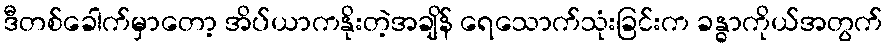
ဒီတစ်ခေါက်မှာတော့ အိပ်ယာကနိုးတဲ့အချိန် ရေသောက်သုံးခြင်းက ခန္ဓာကိုယ်အတွက်